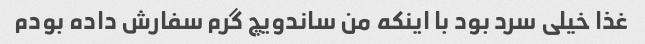
غذا خیلی سرد بود با اینکه من ساندویچ گرم سفارش داده بودم